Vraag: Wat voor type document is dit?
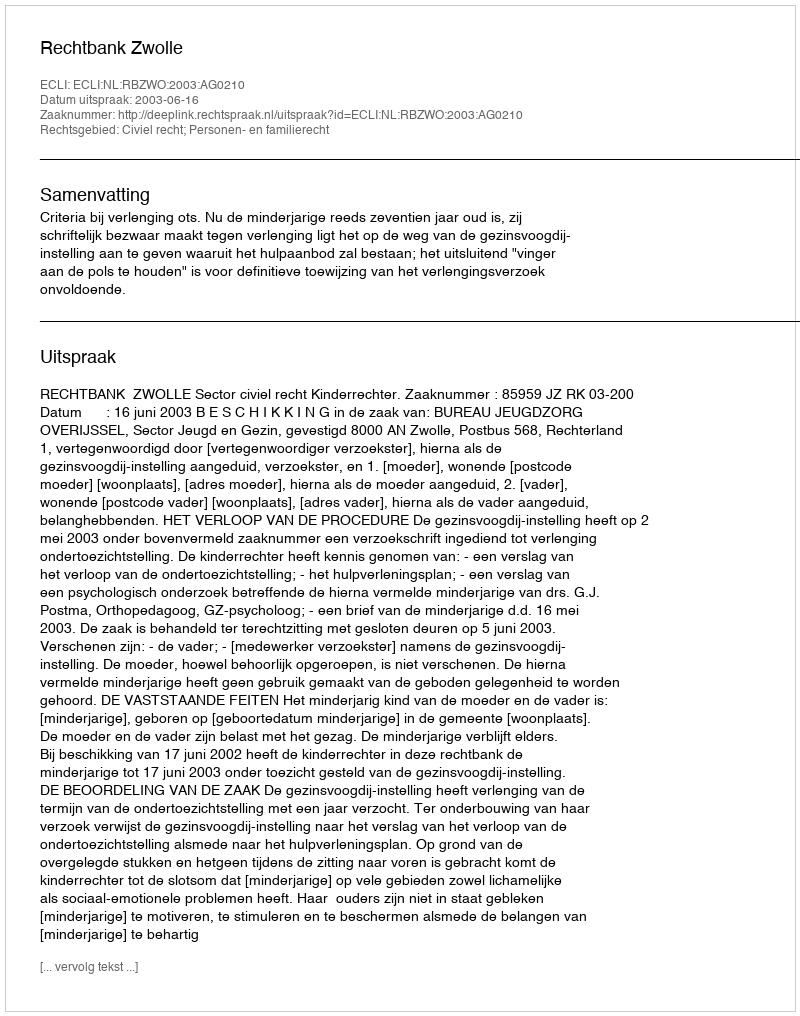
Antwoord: Uitspraak